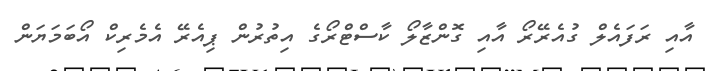
އާއި ރަފައެލް ގުއެރޭރޯ އާއި ގޮންޒާލޯ ކާސްޓްރޯގެ އިތުރުން ޕިއެރޭ އެމެރިކް އޯބަމަޔަން